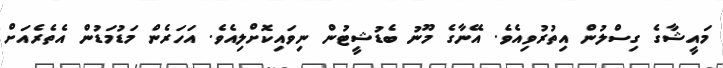
މައީޝާގެ ގިސްލުން އިތުރުވިއެވެ. އޭނާގެ މޫނު ބެޑުޝީޓުން ނިވައިކޮށްލިއެވެ. އަހަރެން މަޑުމަޑުން އެތެރެއަށް